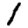
Digit: 1